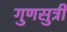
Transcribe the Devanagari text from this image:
गुणसुत्री